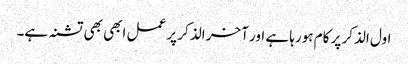
اول الذکر پر کام ہورہا ہے اور آخر الذکر پر عمل ابھی بھی تشنہ ہے۔